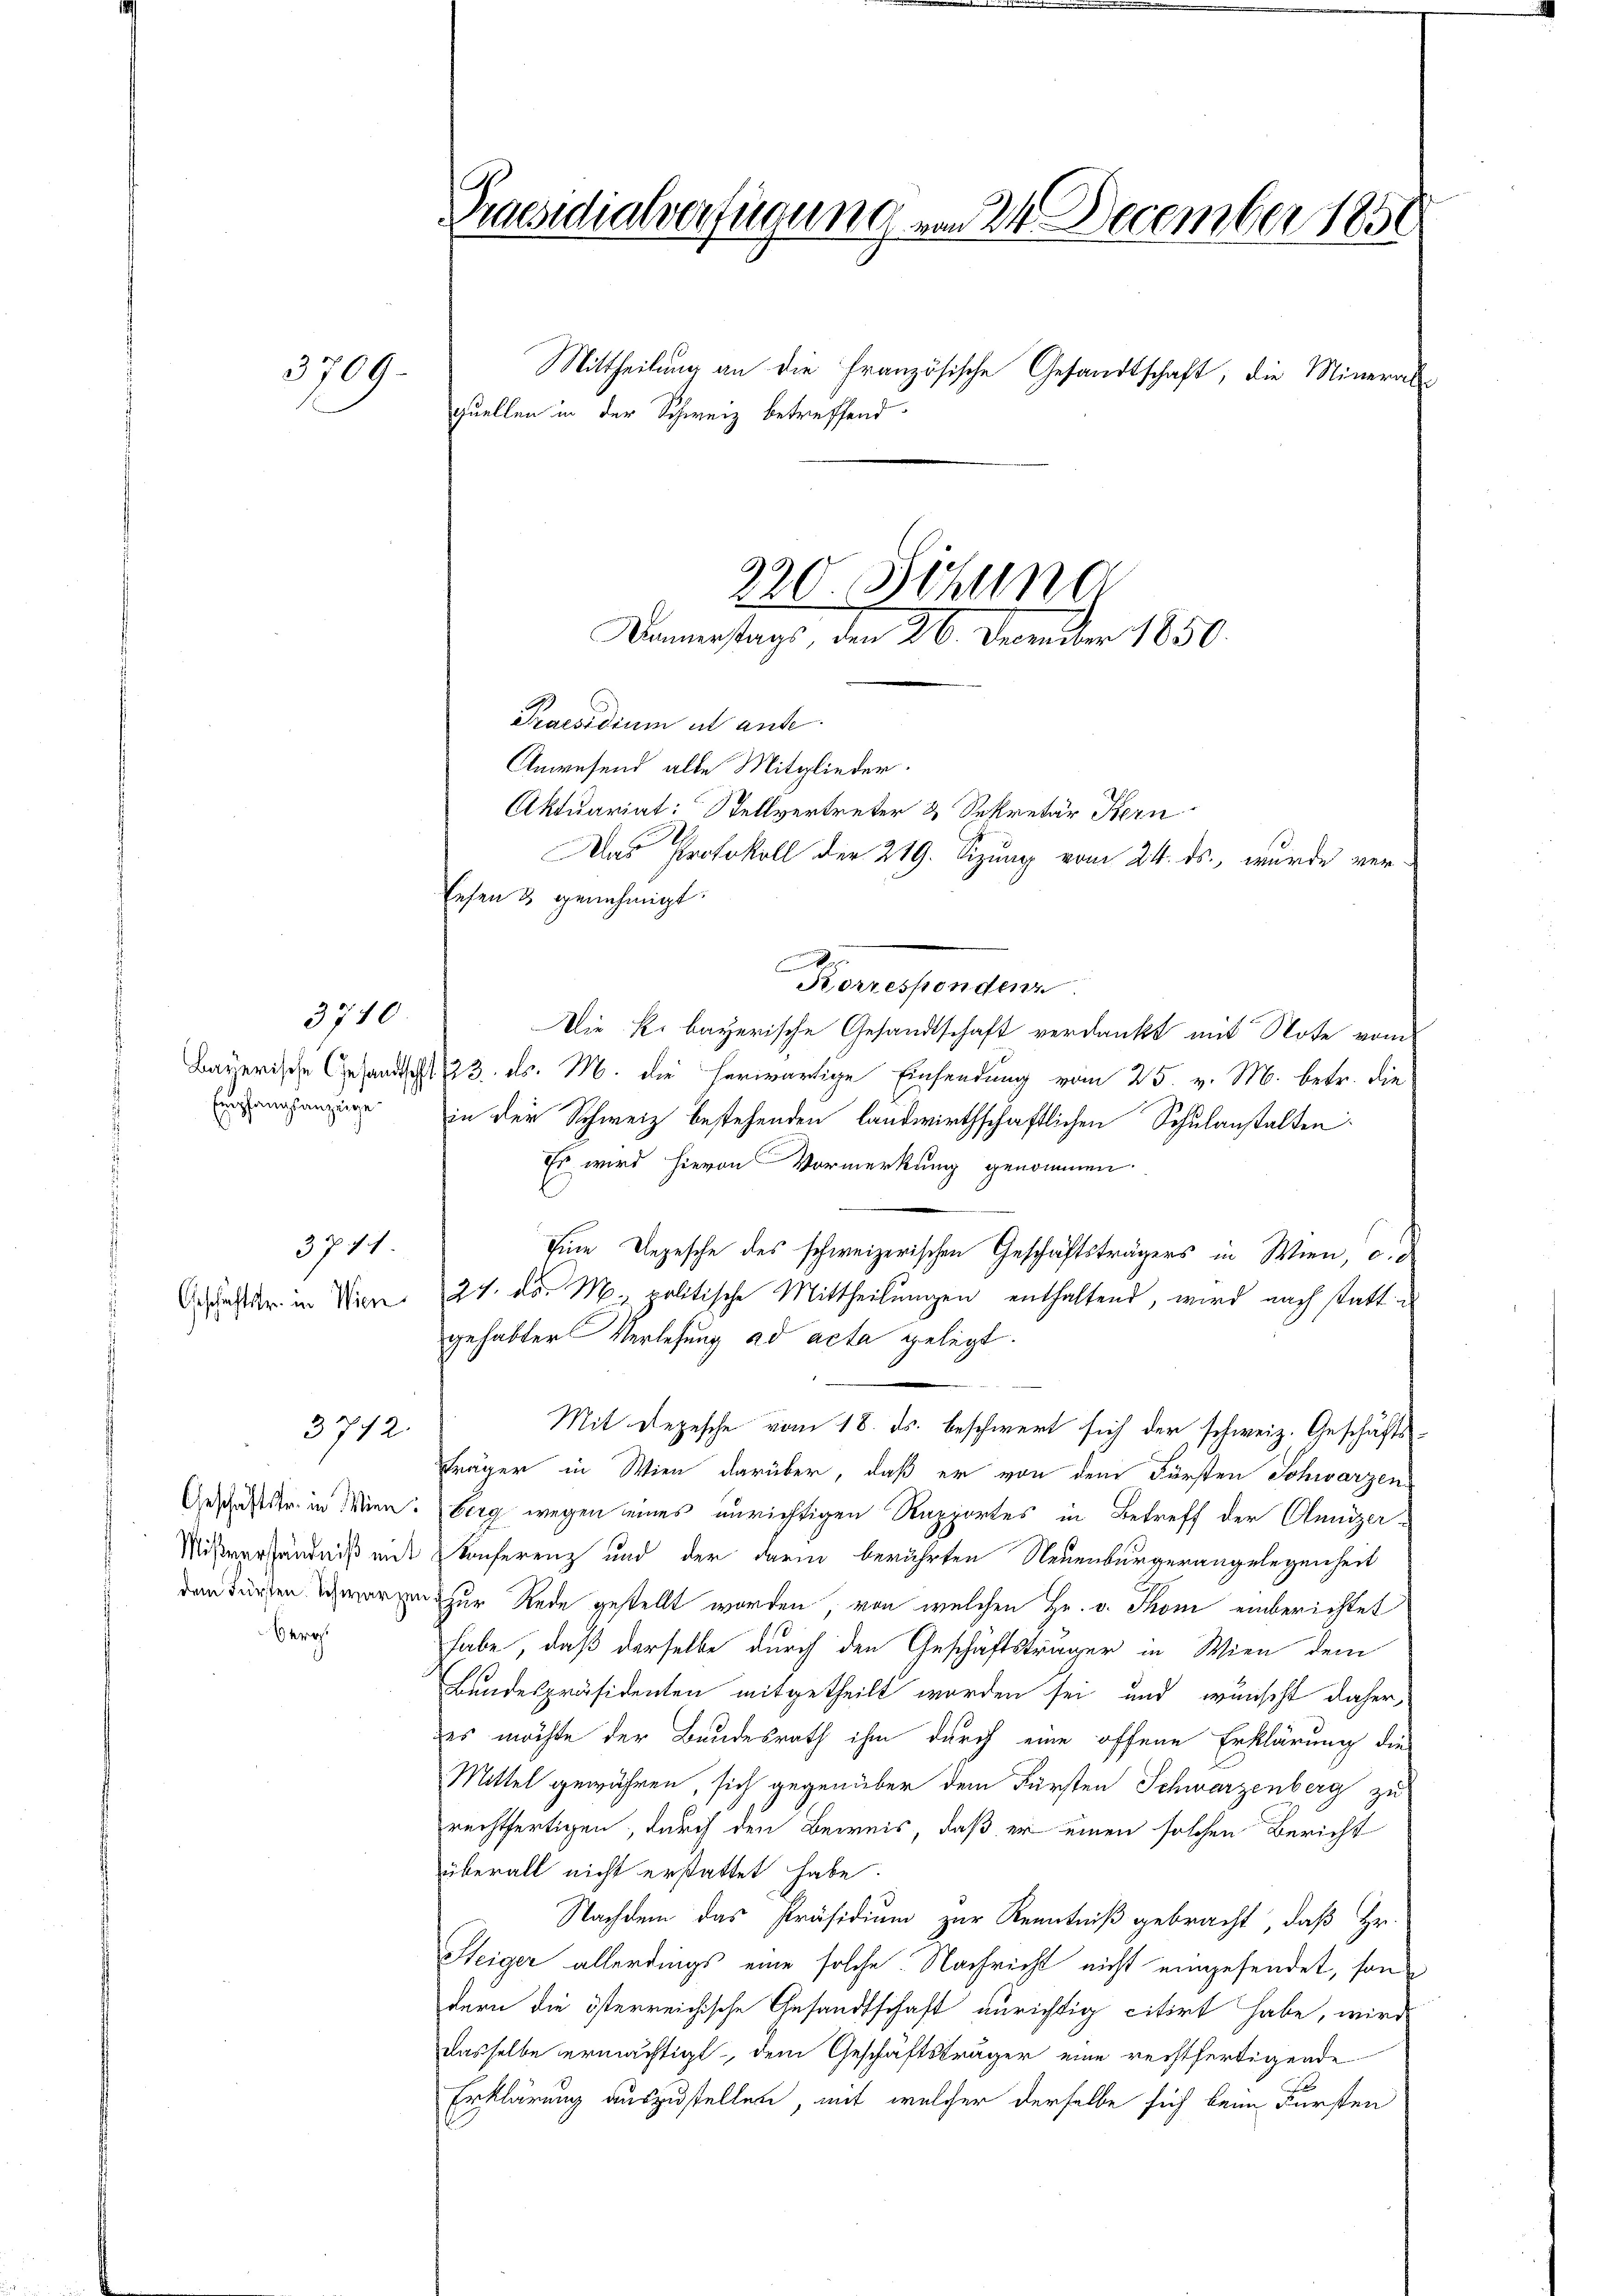
Empfangsanzüge

3709.

3710

Geschäftstr. in Wien

3711

3742.

Mißverständniß mit
Berat

Praesidialverfügung von 24 December 1850.

quellen in der Schweiz betreffend
Praesidium et anse
Anwesend alle Mitglieder.
Aktuariat: Stellvertreter & Sekretär Kern
Eesen & genehmigt.
A
Korrespondenz
Die k. bayerische Gesandtschaft verdankt mit Note vom
Bayerische Gesandtsch 123. ds. M. die herwärtige Einsendung vom 25. v. M. betr. die
in der Schweiz bestehenden landwirthschaftlichen Schulanstalten
Es wird hievon Vormerkung genommen.
Eine Depesche des schweizerischen Geschäftsträgers in Wien, d. d
24. ds. M. politische Mittheilungen enthaltend, wird nach statt
gehabter Verlesung ad acta gelegt.
Mit Depesche vom 18. ds. beschwert sich der schweiz. Geschäfts¬
Fräger in Wien darüber, daß er von dem Fürsten Schwarzen
Geschäftstr. in Wien. Berg wegen eines unrichtigen Rapportes in Betreff der Clemizer-
Konferenz und der darin berührten Neuenburgerangelegenheit
danturten waren zur Rede gestellt worden, von welchen Hr. v. Thon einberichtet
habe, daß derselbe durch den Geschäftsträger in Wien dem
Bundespräsidenten mitgetheilt worden sei und wünscht daher,
des möchte der Bundesrath ihm durch eine offene Erklärung die
Mittel gewähren, sich gegenüber dem Fürsten Schwarzenberg zu
rechtfertigen, durch den Beweis, daß er einen solchen Bericht
überall nicht erstattet habe.
Nachdem das Präsidium zur Kenntniß gebracht, daß Hr.
Steiger allerdings eine solche Nachricht nicht eingesendet, sondern die österreichische Gesandtschaft anrichtig citirt habe, wird
dasselbe ermächtigt, dem Geschäftsträger eine rechtfertigende
Erklärung auszustellen, mit welcher derselbe sich beim Fürsten

220. Sitzung

Mittheilung an die Französische Gesandtschaft; die Mineral-

Dammertags, den 26. December 1850.

Das Protokoll der 219. Sizung vom 24. ds., wurde ver¬